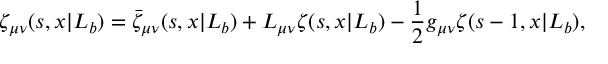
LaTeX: \zeta _ { \mu \nu } ( s , x | L _ { b } ) = \bar { \zeta } _ { \mu \nu } ( s , x | L _ { b } ) + L _ { \mu \nu } \zeta ( s , x | L _ { b } ) - { \frac { 1 } { 2 } } g _ { \mu \nu } \zeta ( s - 1 , x | L _ { b } ) ,